Scientific memoirs by medical officers of the Army of India - Part IV,
Year: 1889
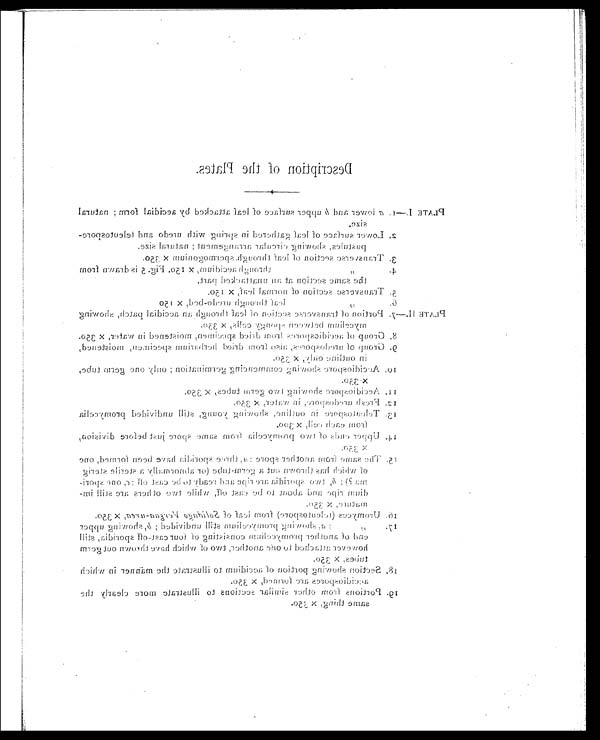
Description of the Plates.
PLATE
a lower and b upper surface of leaf attacked by aecidial form ; natural
size,
2. Lower surface of leaf gathered in spring with credo and teleutospore-
pustules, showing circular arrangement ; natural size.
3. Transverse section of leaf through. spermogonium X 350.
4.
through aecidium, x 150. Fig. 5 is drawn from
the sortie section at an unattacked part.
5. Transverse section of normal leaf, x 150.
lea( through uredo-bed, x 150
5)
PLATE
Portion of transverse sect:icn of leaf through an aecidial patch, showing
between spongy cells, x 350.
8. Group of aecidiospores from dried specimen, moistened in water, x 350.
9. Group of uredospores, also from dried herbarium specimen, moistened,
in O utline only, X 350.
10.
Accidiospore showing commencing germination ; only one germ tube,
X-• 350.
Aecidiospore showing two germ tubes, x 350.
12. Fresh uredospore, in water, x 350.
13.
Telcutospore in outline, showing young, still undivided promycelia
from each cell, x 300.
14. Upper ends of two promycelia from same spore just before division,
330.
5, The same from another spore :a, three sporidia have been formed, one
of which has thrown out a germ-tube (or abnormally a sterile sterig
m a ? ) ;b
, t w o
s p o r i d i a a r e r i p e a n d r e a d yt
o
b e c a s t o f f ;
C,o n e
s p o r i -d
i u m r i p e a n d
a b o u tt
o b e
c a s t o f f , w h i l e t o e
o t h e r s a r e
s t i l l
mature, X 350.
16. Uromyces (teleutospore) from leaf of Solidago Vergaa-urea, x 350.
17.
1 7 .
, , a , s h o w i n g p r o m y c e l i u m s t i l l u n d i v i d e d ;b
,
s h o w i n g u p p e r
end of another promycelium consisting of tour cast-off sporidia, still
however attached to one another, two of which have thrown out germ
tubes, x 350. 1 8 .
18. Section Showing portion of aecidium to illustrate the manner in which
aecidiospores are formed, x 350.
19. Portions from other similar sections to illustrate more clearly the
same thing, X